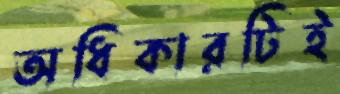
অধিকারটিই